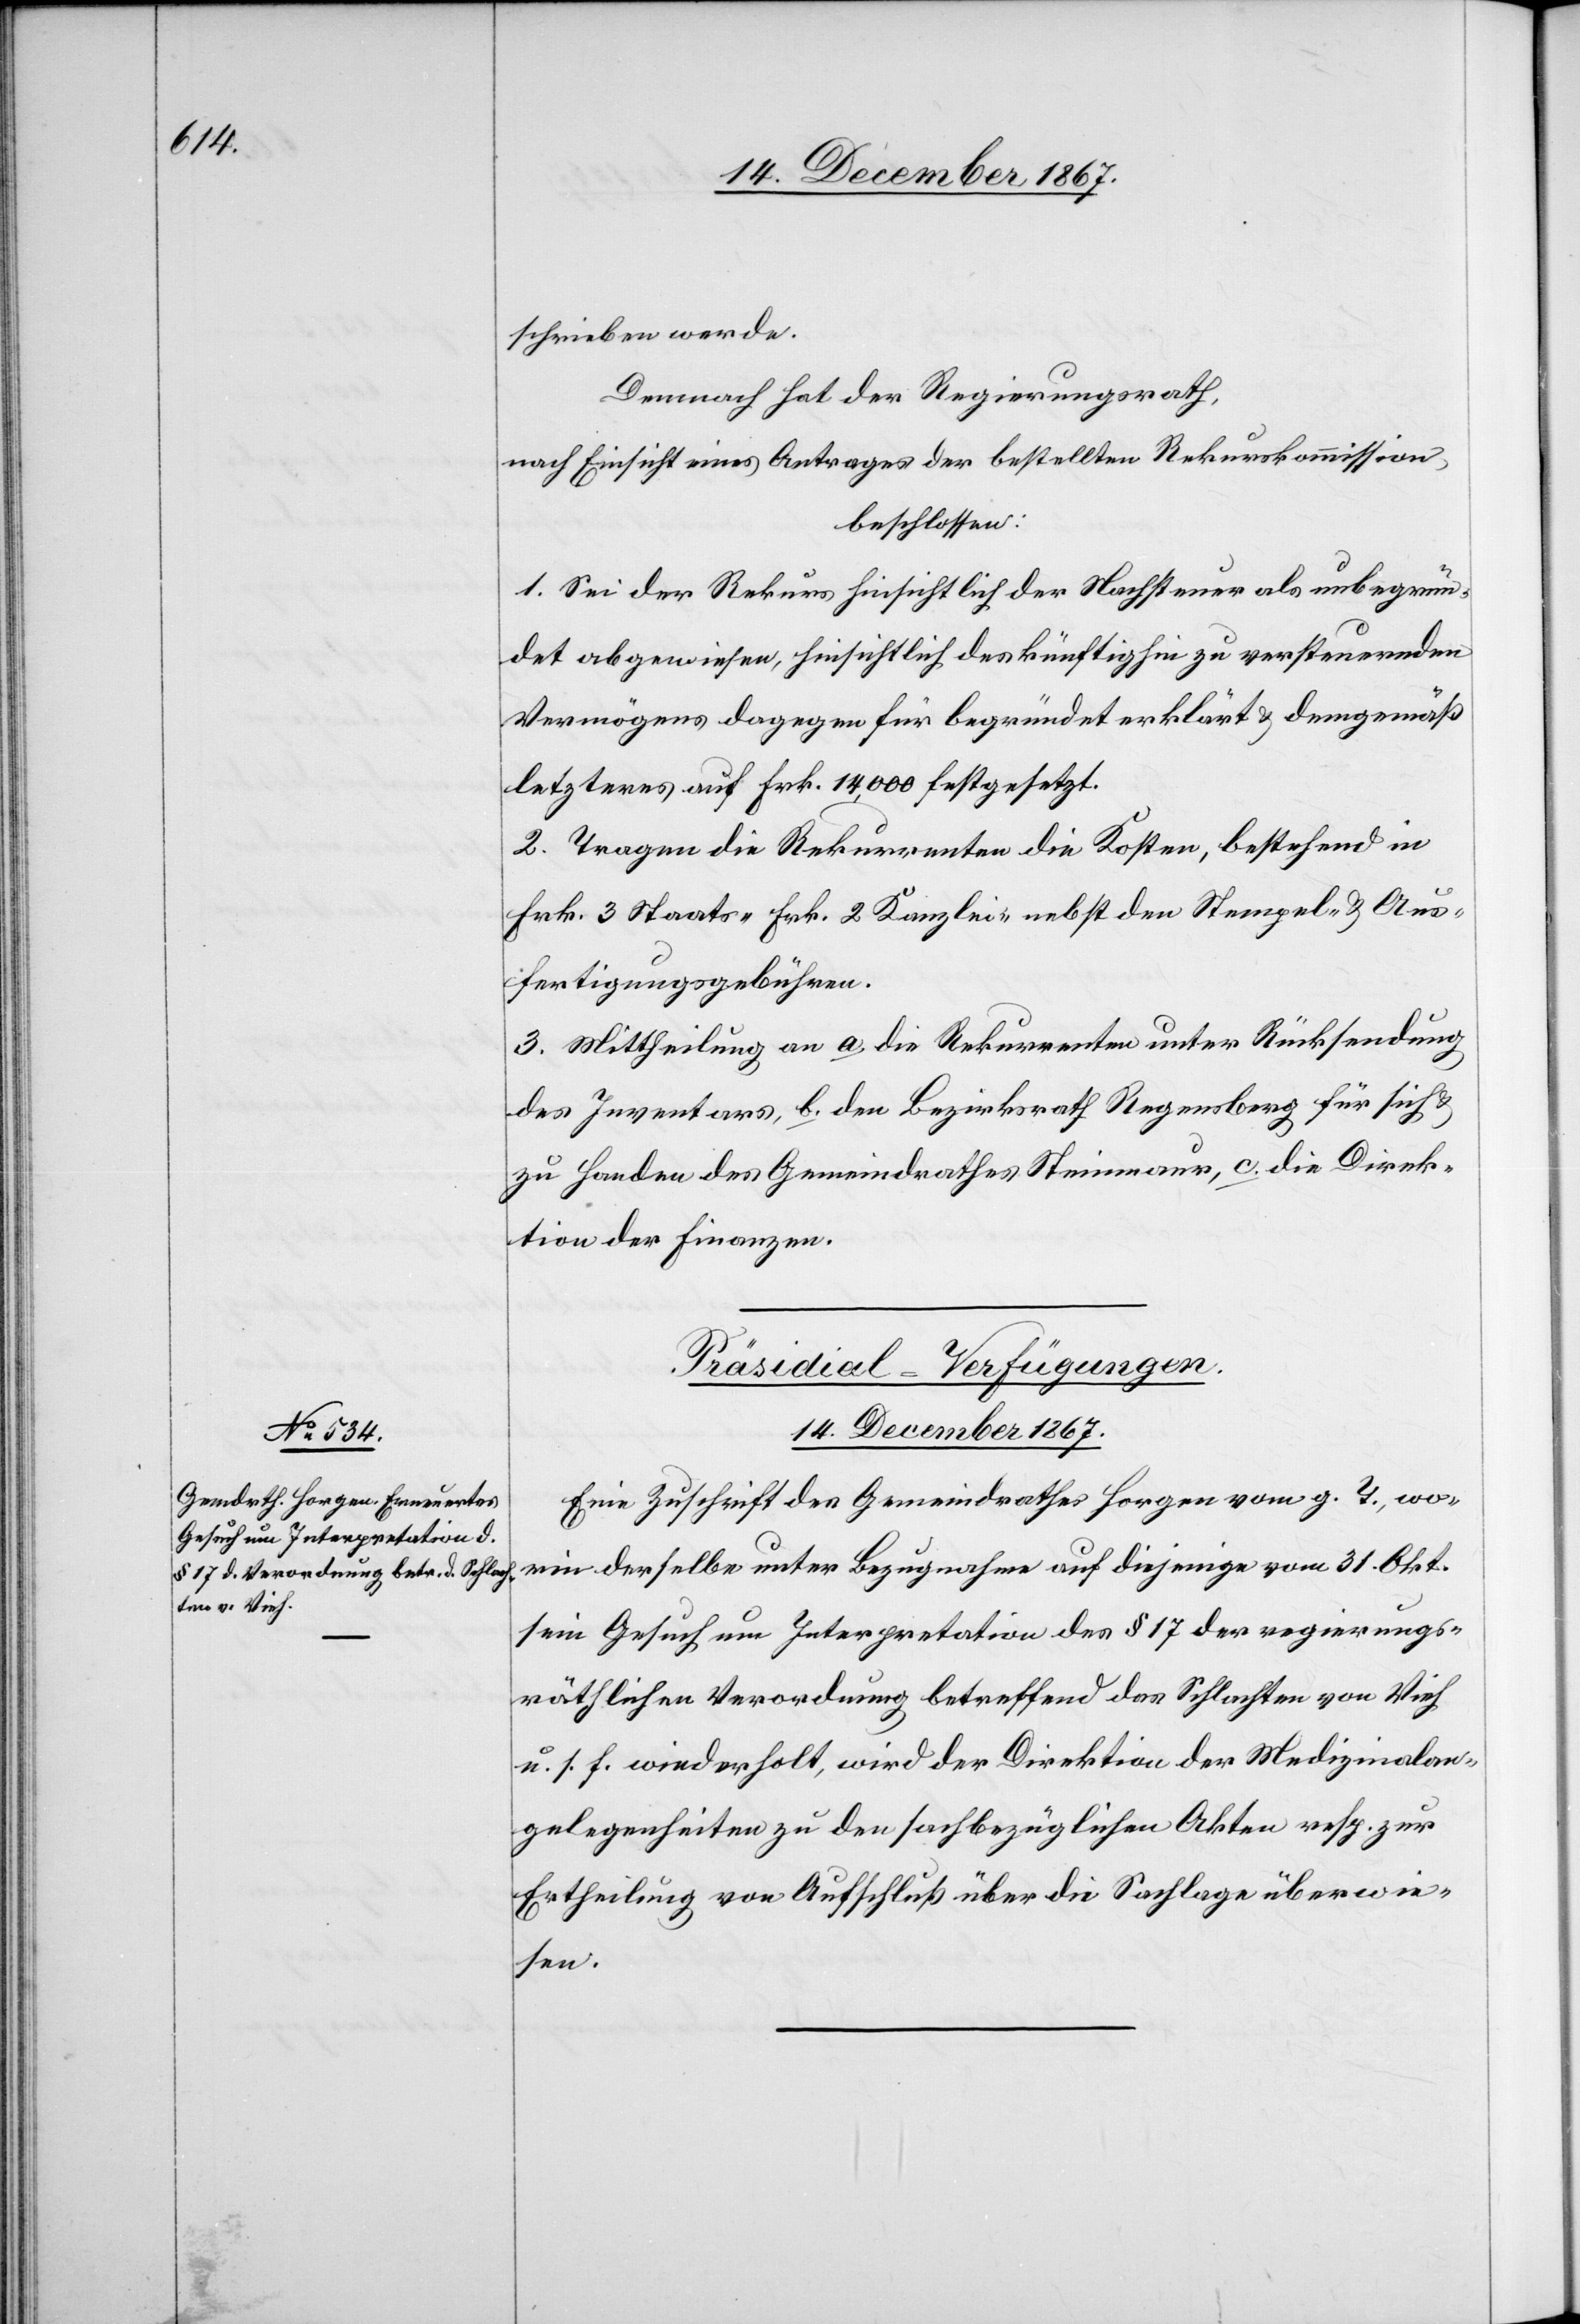
schrieben werde.
Demnach hat der Regierungsrath,
nach Einsicht eines Antrages der bestellten Rekurskommission,
beschlossen:
1. Sei der Rekurs hinsichtlich der Nachsteuer als unbegrün¬
det abgewiesen, hinsichtlich des künftighin zu versteuernden
Vermögens dagegen für begründet erklärt u. demgemäß
letzteres auf Frk. 14 000 festgesetzt.
2. Tragen die Rekurrenten die Kosten, bestehend in
Frk. 3 Staats-[,] Frk. 2 Kanzlei- nebst den Stempel u. Aus¬
fertigungsgebühren.
3. Mittheilung an a. die Rekurrenten unter Rücksendung
des Inventars, b. den Bezirksrath Regensberg für sich u.
zu Handen des Gemeindrathes Steinmaur, c. die Direk¬
tion der Finanzen.
Präsidial-Verfügungen.
14. December 1867.
Eine Zuschrift des Gemeindrathes Horgen vom g. T., wo¬
rin derselbe unter Bezugnahme auf diejenige vom 31. Okt.
sein Gesuch um Interpretation des § 17 der regierungs¬
räthlichen Verordnung betreffend das Schlachten von Vieh
u. s. f. wiederholt, wird der Direktion der Medizinalan¬
gelegenheiten zu den sachbezüglichen Akten resp. zur
Ertheilung von Aufschluß über die Sachlage überwie¬
sen.